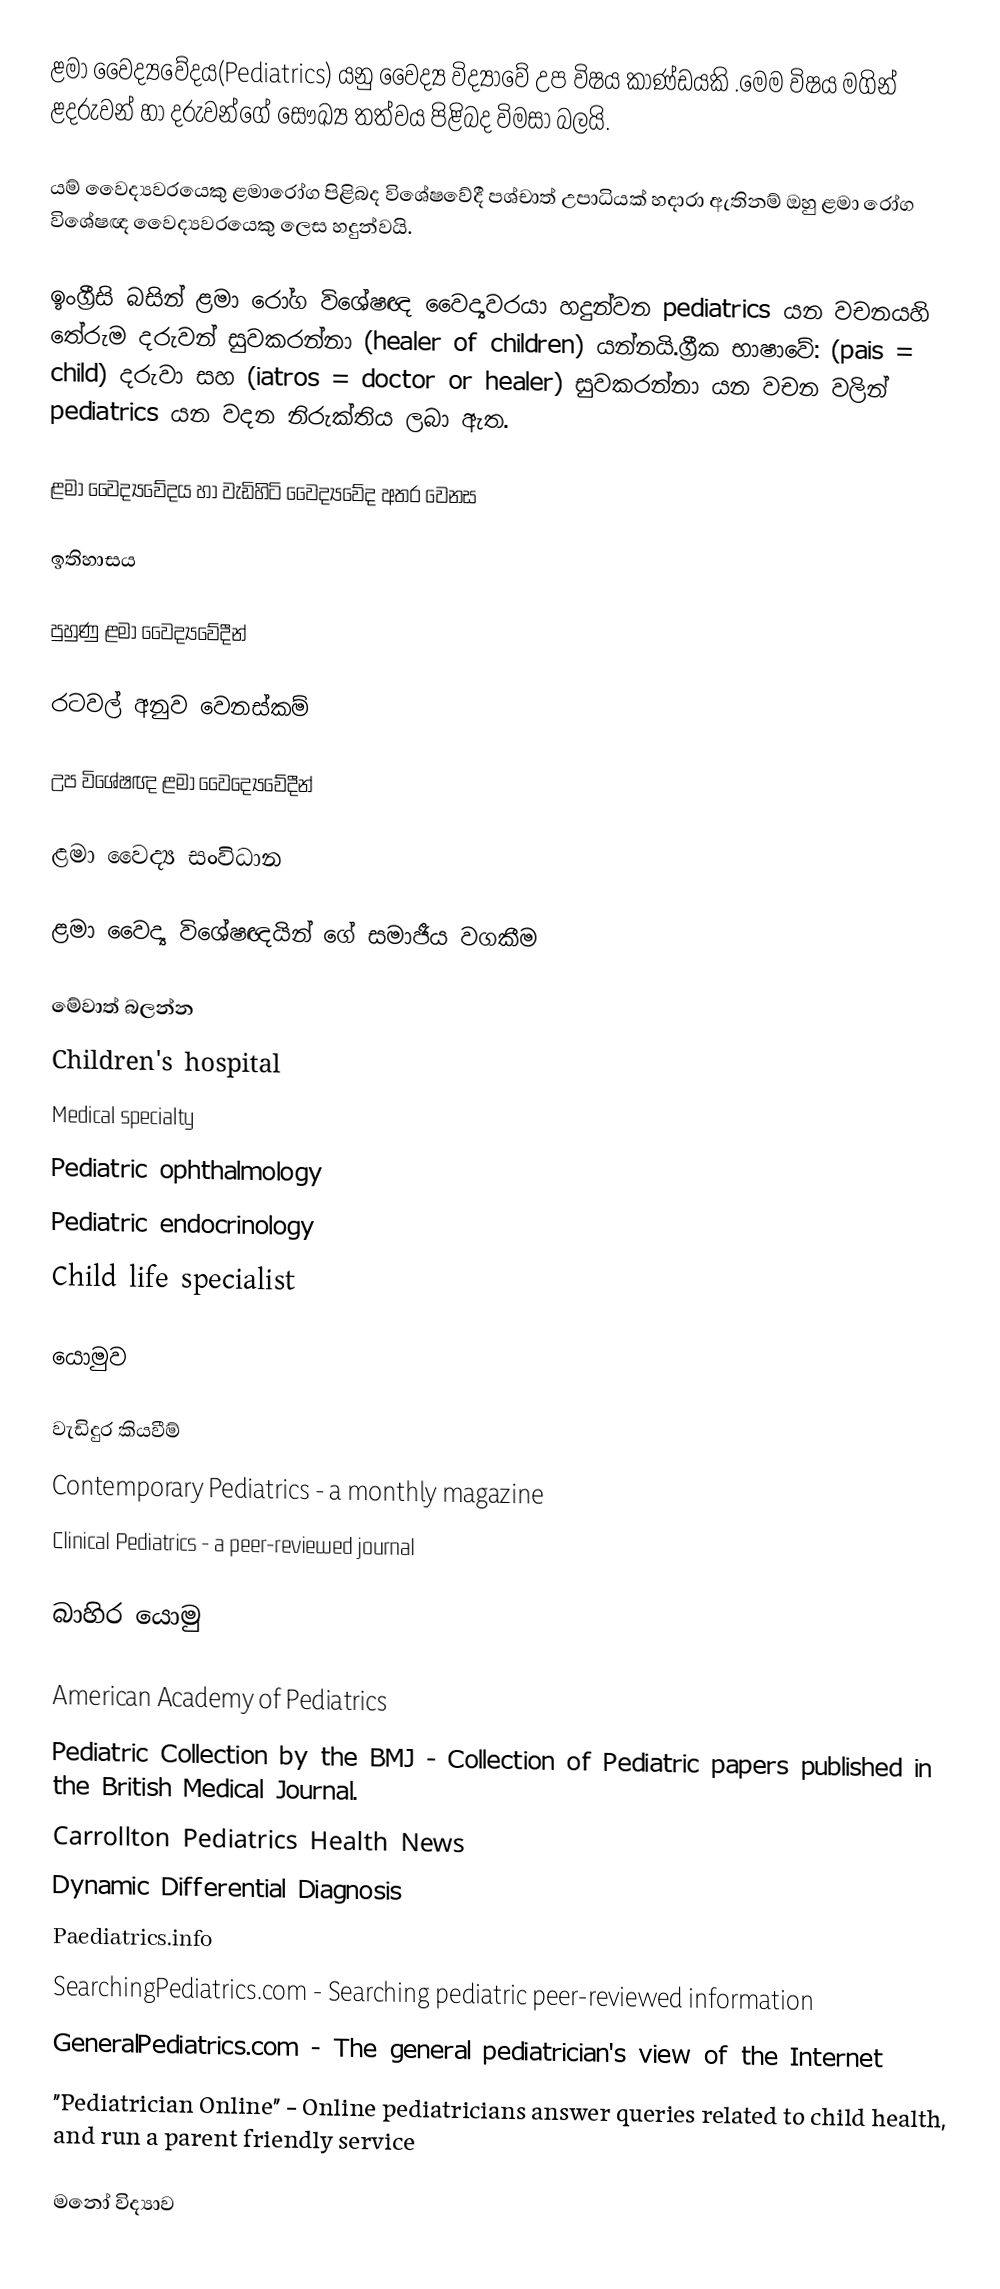
ළමා වෛද්‍යවේදය(Pediatrics) යනු වෛද්‍ය විද්‍යාවේ උප විෂය කාණ්ඩයකි .මෙම විෂය මගින් ළදරුවන් හා දරුවන්ගේ සෞඛ්‍ය තත්වය පිළිබද විමසා බලයි.

යම් වෛද්‍යවරයෙකු ළමාරෝග පිළිබද විශේෂවේදී පශ්චාත් උපාධියක් හදාරා ඇතිනම් ඔහු ළමා රෝග විශේෂඥ වෛද්‍යවරයෙකු ලෙස හදුන්වයි.

ඉංග්‍රීසි බසින් ළමා රෝග විශේෂඥ වෛද්‍යවරයා හදුන්වන pediatrics යන වචනයහි තේරුම දරුවන් සුවකරන්නා (healer of children) යන්නයි.ග්‍රීක භාෂාවේ:  (pais = child) දරුවා සහ  (iatros = doctor or healer) සුවකරන්නා යන වචන වලින් pediatrics යන වදන නිරුක්තිය ලබා ඇත.

ළමා වෛද්‍යවේදය හා වැඩිහිටි වෛද්‍යවේද අතර වෙනස

ඉතිහාසය

පුහුණු ළමා වෛද්‍යවේදීන්

රටවල් අනුව වෙනස්කම්

උප විශේෂඥ ළමා වෛද්‍යෙවේදීන්

ළමා වෛද්‍ය සංවිධාන

ළමා වෛද්‍ය විශේෂඥයින් ගේ සමාජීය වගකීම

මේවාත් බලන්න
 Children's hospital
 Medical specialty
 Pediatric ophthalmology
 Pediatric endocrinology
 Child life specialist

යොමුව

වැඩිදුර කියවීම්
 Contemporary Pediatrics - a monthly magazine
 Clinical Pediatrics - a peer-reviewed journal

බාහිර යොමු

 American Academy of Pediatrics
 Pediatric Collection by the BMJ - Collection of Pediatric papers published in the British Medical Journal.
 Carrollton Pediatrics Health News
 Dynamic Differential Diagnosis
 Paediatrics.info
 SearchingPediatrics.com - Searching pediatric peer-reviewed information
 GeneralPediatrics.com - The general pediatrician's view of the Internet
 "Pediatrician Online" - Online pediatricians answer queries related to child health, and run a parent friendly service

මනෝ විද්‍යාව